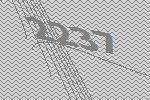
2237